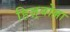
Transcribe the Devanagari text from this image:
हिज़्बोल्ला